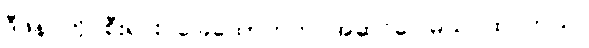
ဒီဖိနပ်ကို စီးရင်း ခြေထောက်က အဆင်ပြေမယ် ထင်တယ်။